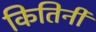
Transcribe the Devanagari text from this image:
कितिनी